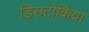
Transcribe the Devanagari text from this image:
डिसटोकिया